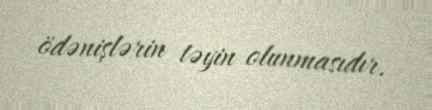
ödənişlərin təyin olunmasıdır.